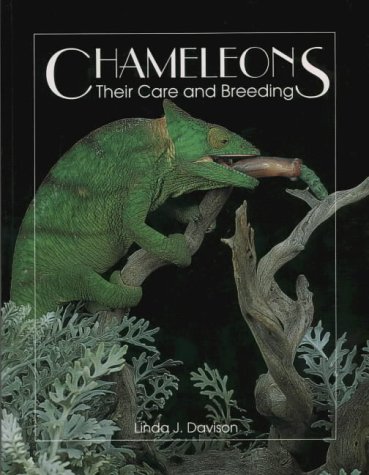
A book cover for Chameleons: Their Care and Breeding; Linda J. Davison; Crafts, Hobbies & Home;